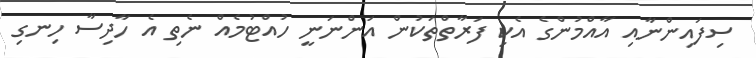
ސިފައިންނާއި އާއްމުންގެ އެކި ފަރާތްތަކުން އަންނަނީ ހުއްޓުމެއް ނެތި އެ ހާދިސާ ހިނގި